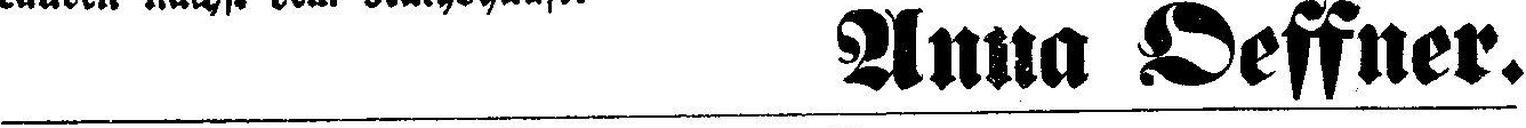
Anna Oeffner.